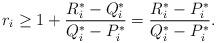
LaTeX: \begin{align*}r_i \ge 1 + \frac{R_i^* - Q_i^*}{Q_i^* - P_i^*} = \frac{R_i^* -P_i^*}{Q_i^* - P_i^*}.\end{align*}